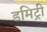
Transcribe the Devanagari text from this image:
डमिट्री